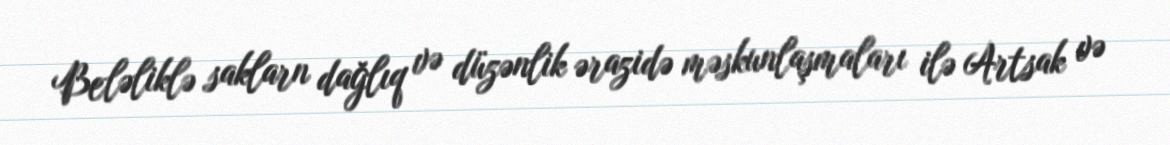
Beləliklə saklarn dağlıq və düzənlik ərazidə məskunlaşmaları ilə Artsak və